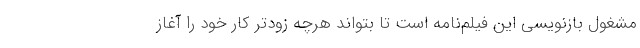
مشغول بازنویسی این فیلم‌نامه است تا بتواند هرچه زودتر کار خود را آغاز